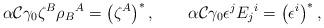
LaTeX: \begin{align*}\alpha {\cal C}\gamma _0\zeta ^B \rho_B{}^A=\left(\zeta ^A\right)^*, \qquad\alpha {\cal C}\gamma _0\epsilon ^j E_j{}^i=\left(\epsilon ^i\right)^*, \end{align*}